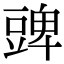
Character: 豍